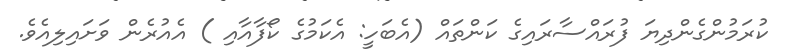
ކުރަމުންގެންދިޔަ ފުރައްސާރައިގެ ކަންތައް (އެބަހީ: އެކަމުގެ ކޯފާއާއި ) އެއުރެން ވަށައިލިއެވެ.